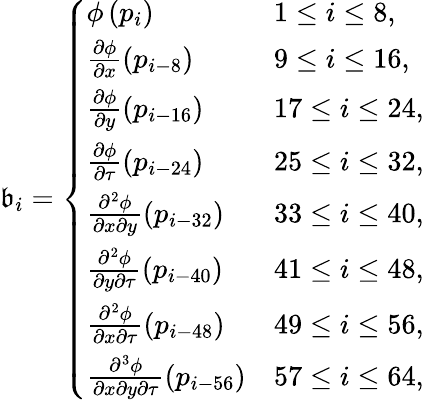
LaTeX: \mathfrak{b}_{i}=\left\{ \begin{array}{ll}{\phi\left(p_{i}\right)}&{1\leq i\leq 8,}\\ {\frac{\partial\phi}{\partial x}\left(p_{i-8}\right)}&{9\leq i\leq 16,}\\ {\frac{\partial\phi}{\partial y}\left(p_{i-16}\right)}&{17\leq i\leq 24,}\\ {\frac{\partial\phi}{\partial\tau}\left(p_{i-24}\right)}&{25\leq i\leq 32,}\\ {\frac{\partial^{2}\phi}{\partial x\partial y}\left(p_{i-32}\right)}&{33\leq i\leq 40,}\\ {\frac{\partial^{2}\phi}{\partial y\partial\tau}\left(p_{i-40}\right)}&{41\leq i\leq 48,}\\ {\frac{\partial^{2}\phi}{\partial x\partial\tau}\left(p_{i-48}\right)}&{49\leq i\leq 56,}\\ {\frac{\partial^{3}\phi}{\partial x\partial y\partial\tau}\left(p_{i-56}\right)}&{57\leq i\leq 64,}\end{array}\right.